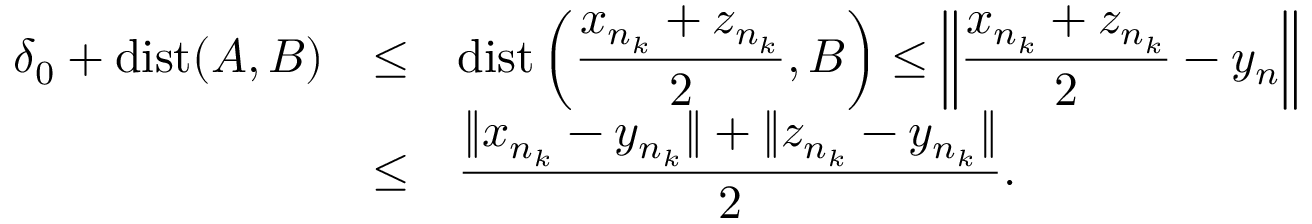
\begin{array} { l l l } { \delta _ { 0 } + \mathrm { d i s t } ( A , B ) } & { \leq } & { \mathrm { d i s t } \displaystyle \left( \frac { x _ { n _ { k } } + z _ { n _ { k } } } { 2 } , B \right) \leq \left\| \frac { x _ { n _ { k } } + z _ { n _ { k } } } { 2 } - y _ { n } \right\| } \\ & { \leq } & { \displaystyle \frac { \| x _ { n _ { k } } - y _ { n _ { k } } \| + \| z _ { n _ { k } } - y _ { n _ { k } } \| } { 2 } . } \end{array}